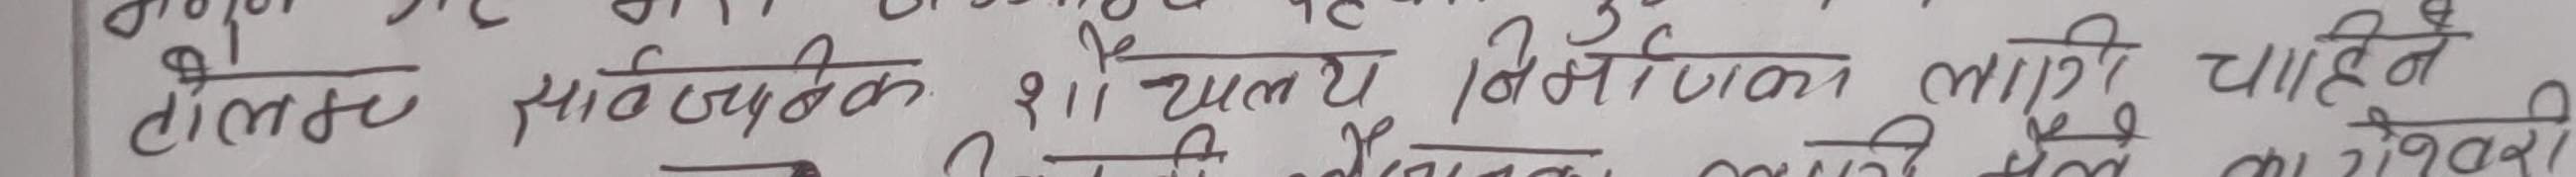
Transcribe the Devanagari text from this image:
टेलर सार्वजनिक शिक्षा लागी चाहेने